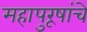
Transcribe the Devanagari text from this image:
महापुरूषांचे